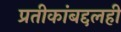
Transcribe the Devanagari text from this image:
प्रतीकांबद्दलही